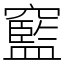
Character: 䆾